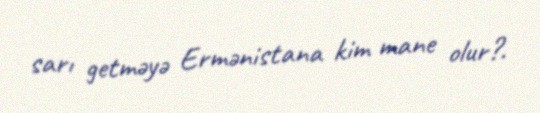
sarı getməyə Ermənistana kim mane olur?.